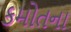
કમોતના